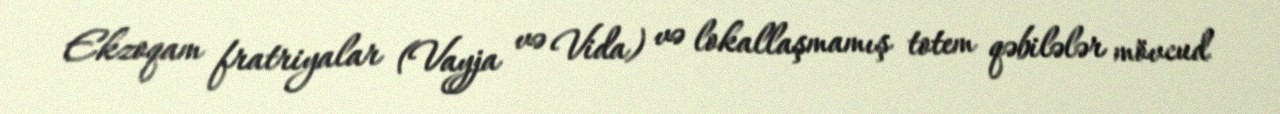
Ekzoqam fratriyalar (Vayja və Vida) və lokallaşmamış totem qəbilələr mövcud